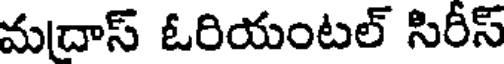
మదాస్ ఓరియంటల్ సిరీస్